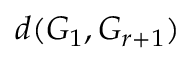
d ( G _ { 1 } , G _ { r + 1 } )